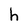
Character: h